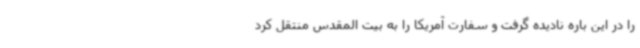
را در این باره نادیده گرفت و سفارت آمریکا را به بیت المقدس منتقل کرد